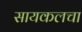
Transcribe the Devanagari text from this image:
सायकलचा